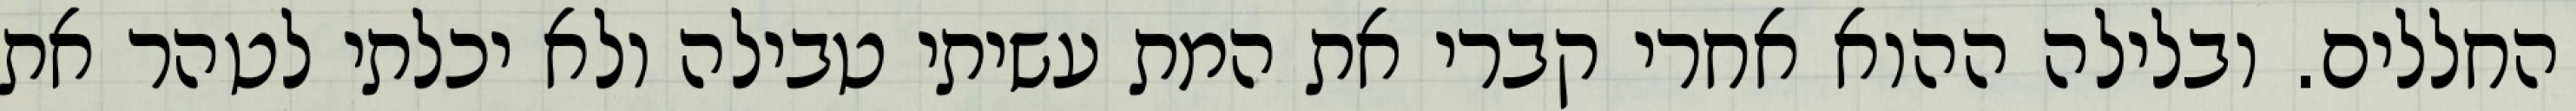
החללים. ובלילה ההוא אחרי קברי את המת עשיתי טבילה ולא יכלתי לטהר את